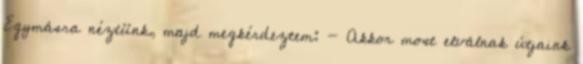
Egymásra néztünk, majd megkérdeztem: - Akkor most elválnak útjaink